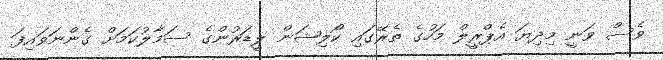
ވެސް ވަނީ މިދިޔަ އެޕްރީލް މަހުގެ ތެރޭގައި ކޯލިޝަން ލީޑަރުންގެ ސަމާލުކަމަށް ގެންނަވައިފަ